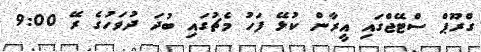
ގްރޫޕް ސްޓޭޖްގައި އީރާން ކުޅޭ ފަހު މެޗުގައި ބުދަ ދުވަހުގެ ރޭ 9:00